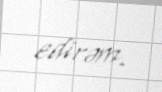
edirəm.